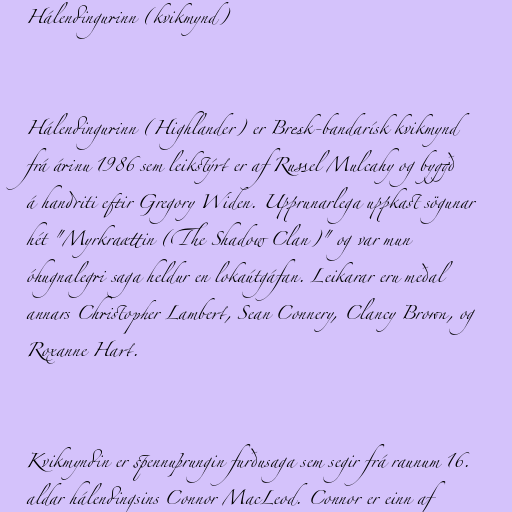
Hálendingurinn (kvikmynd)

Hálendingurinn (Highlander) er Bresk-bandarísk kvikmynd
frá árinu 1986 sem leikstýrt er af Russel Mulcahy og byggð
á handriti eftir Gregory Widen. Upprunarlega uppkast sögunar
hét "Myrkraættin (The Shadow Clan)" og var mun
óhugnalegri saga heldur en lokaútgáfan. Leikarar eru meðal
annars Christopher Lambert, Sean Connery, Clancy Brown, og
Roxanne Hart.

Kvikmyndin er spennuþrungin furðusaga sem segir frá raunum 16.
aldar hálendingsins Connor MacLeod. Connor er einn af